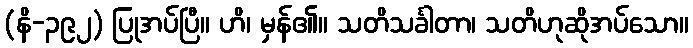
(နိ-၃၉၂) ပြုအပ်ပြီ။ ဟိ၊ မှန်၏။ သတိသင်္ခါတာ၊ သတိဟုဆိုအပ်သော။